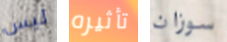
ليس تأثيره سوزان